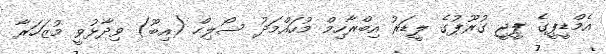
އެމްޑީޕީގެ ޕީޖީ ގުރޫޕުގެ ލީޑަރު އިބްރާހިމް މުހައްމަދު ސޯލިހް (އިބޫ) ވިދާޅުވީ މުޒަހަރާ